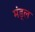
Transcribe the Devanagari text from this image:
मंड्ल